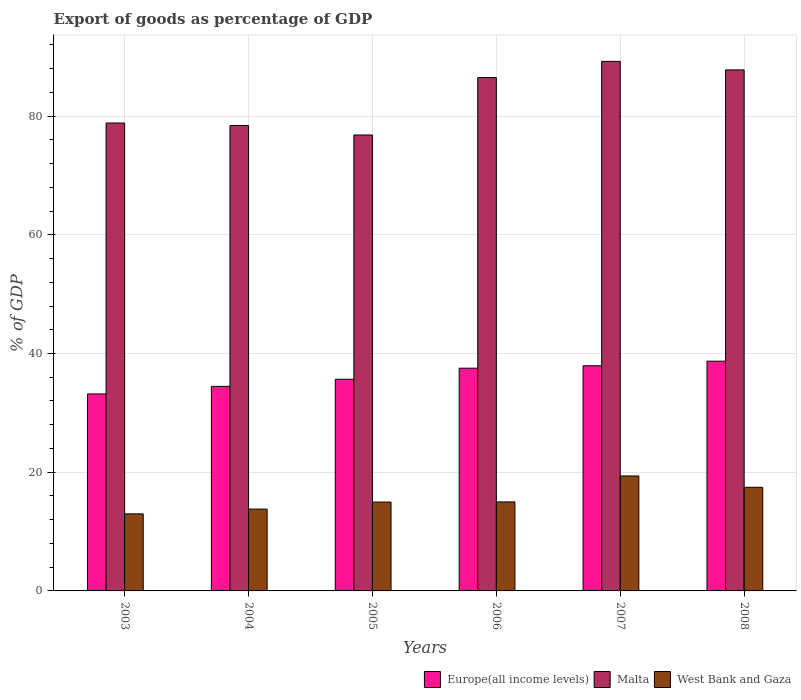
| Years | Europe(all income levels) | Malta | West Bank and Gaza |
 | --- | --- | --- | --- |
 | 2003 | 33.2 | 78.8 | 13 |
 | 2004 | 34.5 | 78.4 | 13.8 |
 | 2005 | 35.7 | 76.8 | 15 |
 | 2006 | 37.5 | 86.5 | 15 |
 | 2007 | 37.9 | 89.2 | 19.4 |
 | 2008 | 38.7 | 87.8 | 17.5 |